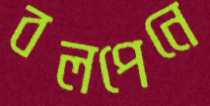
বলপেনে